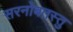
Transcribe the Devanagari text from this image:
सरनोबतस्तु